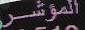
الموشر